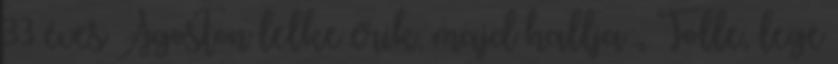
33 éves Ágoston lelke érik, majd hallja:„ Tolle, lege